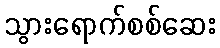
သွားရောက်စစ်ဆေး